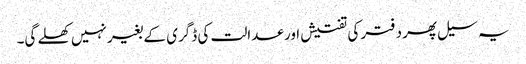
یہ سیل پھر دفتر کی تفتیش اور عدالت کی ڈگری کے بغیر نہیں کھلے گی۔